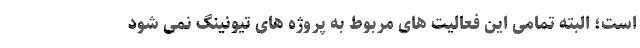
است؛ البته تمامی این فعالیت های مربوط به پروژه های تیونینگ نمی شود